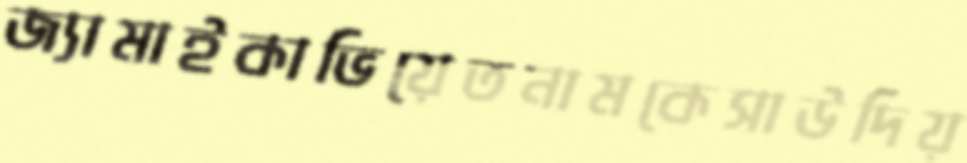
জ্যামাইকাভিয়েতনামকেসাউদিয়